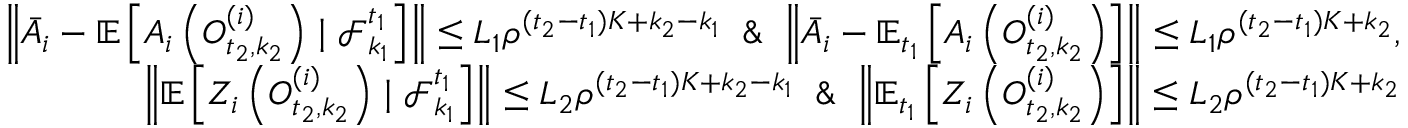
\begin{array} { r } { \left\| \bar { A } _ { i } - \mathbb { E } \left[ A _ { i } \left( O _ { t _ { 2 } , k _ { 2 } } ^ { ( i ) } \right) \mid \mathcal { F } _ { k _ { 1 } } ^ { t _ { 1 } } \right] \right\| \leq L _ { 1 } \rho ^ { ( t _ { 2 } - t _ { 1 } ) K + k _ { 2 } - k _ { 1 } } \And \left\| \bar { A } _ { i } - \mathbb { E } _ { t _ { 1 } } \left[ A _ { i } \left( O _ { t _ { 2 } , k _ { 2 } } ^ { ( i ) } \right) \right] \right\| \leq L _ { 1 } \rho ^ { ( t _ { 2 } - t _ { 1 } ) K + k _ { 2 } } , } \\ { \left\| \mathbb { E } \left[ { Z } _ { i } \left( O _ { t _ { 2 } , k _ { 2 } } ^ { ( i ) } \right) \mid \mathcal { F } _ { k _ { 1 } } ^ { t _ { 1 } } \right] \right\| \leq L _ { 2 } \rho ^ { ( t _ { 2 } - t _ { 1 } ) K + k _ { 2 } - k _ { 1 } } \And \left\| \mathbb { E } _ { t _ { 1 } } \left[ { Z } _ { i } \left( O _ { t _ { 2 } , k _ { 2 } } ^ { ( i ) } \right) \right] \right\| \leq L _ { 2 } \rho ^ { ( t _ { 2 } - t _ { 1 } ) K + k _ { 2 } } } \end{array}